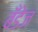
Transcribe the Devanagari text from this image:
बँडेज